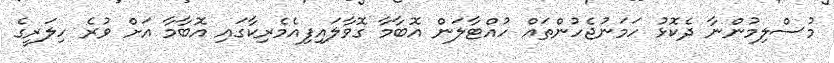
މުސްލިމުންނާ ދެކޮޅު ހަމަނުޖެހުންތައް ހުއްޓާލަން އޮބާމާ ގޮވާލައިފިއެމެރިކާގައި އޮބާމާ އަށް ވުރެ ހިލަރީގެ